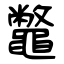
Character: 鼈